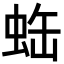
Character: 𧊦